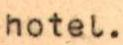
hotel.